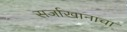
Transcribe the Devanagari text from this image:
सर्जाखानाचा